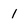
Character: 1